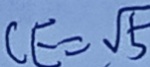
C E = \sqrt { 5 }